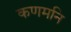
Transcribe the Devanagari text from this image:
कणमनि